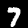
Digit: 7